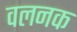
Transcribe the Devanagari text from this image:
वलनक